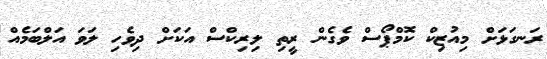
ރަނގަޅަށް މިއުޒިކް ކޮމްޕޯސް ވެގެން ރީތި ލިރިކްސް އަކަށް ދިވެހި ލަވަ އަލްބަމެއް